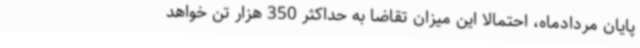
پایان مردادماه، احتمالا این میزان تقاضا به حداکثر 350 هزار تن خواهد